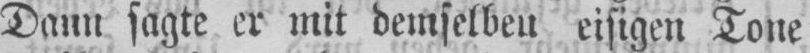
Dann sagte er mit demselben eisigen Tone